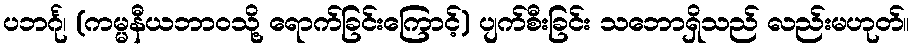
ပဘင်္ဂု၊ (ကမ္မနီယဘာဝသို့ ရောက်ခြင်းကြောင့်) ပျက်စီးခြင်း သဘောရှိသည် လည်းမဟုတ်။